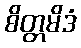
စိတ္တမိဒံ